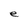
Character: e